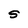
Character: s